Annual administration report of the Civil Veterinary Department of India - 1894-1895
Year: 1894
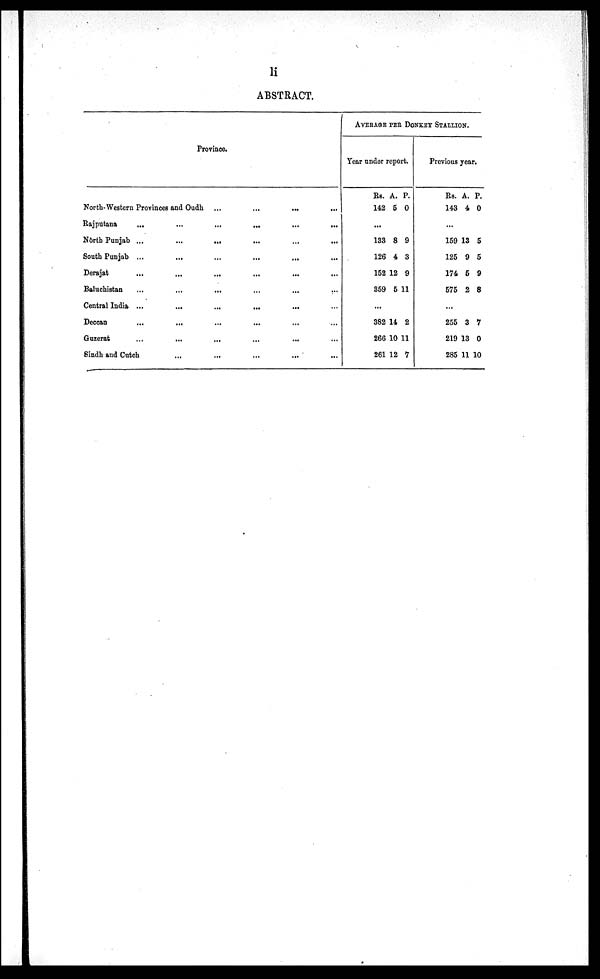
li
ABSTRACT.
Province.
North-Western Provinces and Oudh ... ... ... ...
Rajputana
...
... ... ... ... ...
North Punjab
...
... ... ... ... ...
South Punjab
...
... ... ... ... ...
Derajat
...
... ... ... ... ...
Baluchistan
...
... ... ... ... ...
Central India
...
... ... ... ... ...
Deccan
...
... ... ... ... ...
Guzerat
...
... ... ... ... ...
Sindh and Cutch
... ... ... ... ...
AVERAGE PER DONKEY STALLION.
Year under report.
Rs.
142
A.
5
P.
0
...
133
126
152
359
8
4
12
5
9
3
9
11
...
382
266
261
14
10
12
2
11
7
Previous year.
Rs.
143
A.
4
P.
0
...
159
125
174
575
13
9
5
2
5
5
9
8
...
255
219
285
3
13
11
7
0
10